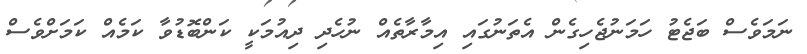
ނަމަވެސް ބަޖެޓު ހަމަނުޖެހިގެން އެތަނުގައި އިމާރާތެއް ނުހެދި ދިއުމަކީ ކަންބޮޑުވާ ކަމެއްް ކަމަށްވެސް